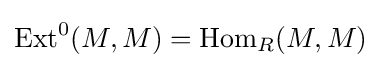
{\text{Ext}}^{0}(M,M)={\text{Hom}}_{R}(M,M)